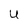
Character: U